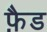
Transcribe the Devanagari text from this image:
फ़ैड